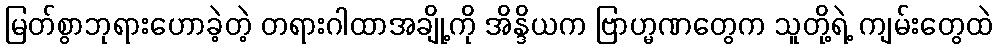
မြတ်စွာဘုရားဟောခဲ့တဲ့ တရားဂါထာအချို့ကို အိန္ဒိယက ဗြာဟ္မဏတွေက သူတို့ရဲ့ ကျမ်းတွေထဲ